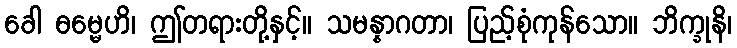
ခေါ ဓမ္မေဟိ၊ ဤတရားတို့နှင့်။ သမန္နာဂတာ၊ ပြည့်စုံကုန်သော။ ဘိက္ခုနိ၊